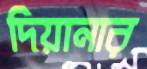
দিয়ানার